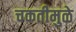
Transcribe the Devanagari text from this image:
चकतीमुळे